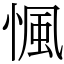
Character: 𢞁